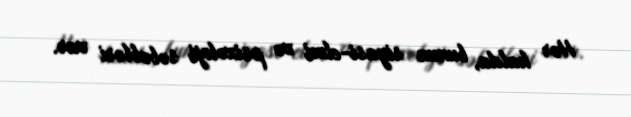
Hər halda, bunun siyasi-elmi və psixoloji səbəbləri var.